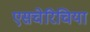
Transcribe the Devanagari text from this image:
एसचेरिचिया